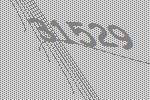
31529